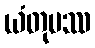
ယံတုမဿ